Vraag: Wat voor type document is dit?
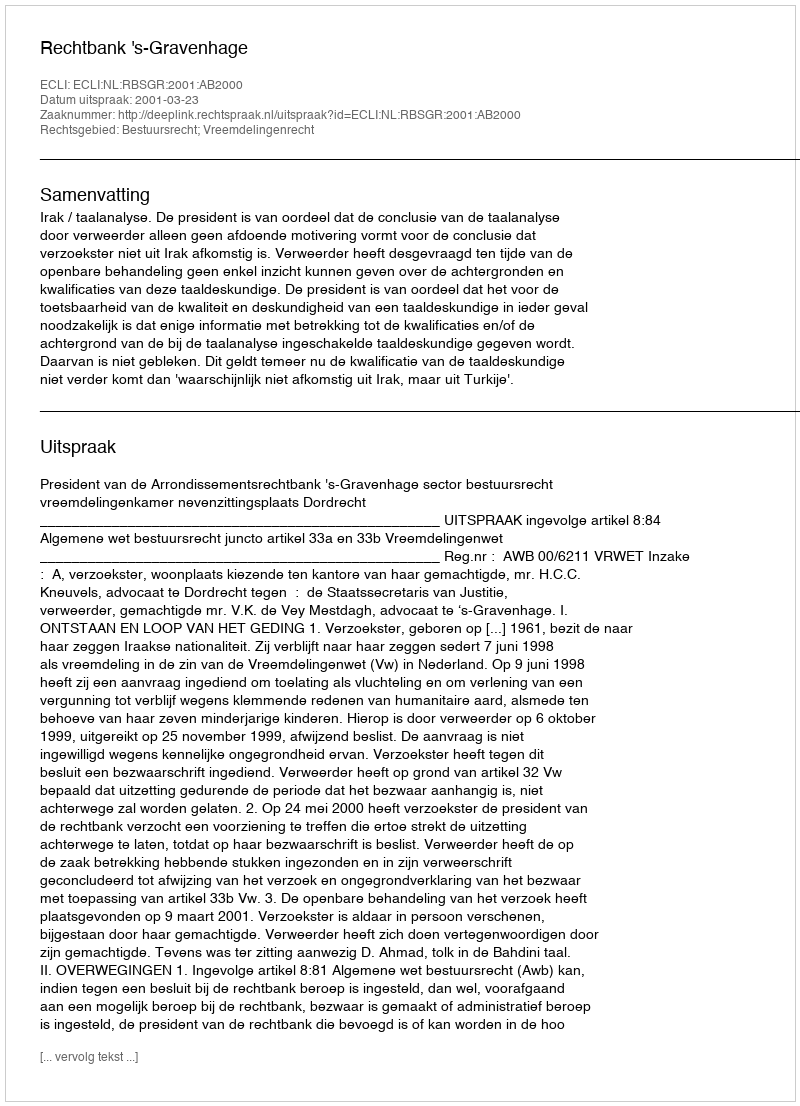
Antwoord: Uitspraak